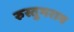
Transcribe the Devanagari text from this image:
रुस्तुमराव